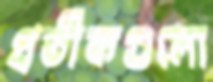
প্রতীকগুলো